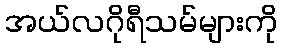
အယ်လဂိုရီသမ်များကို